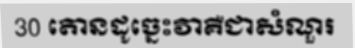
30 តោនដូច្នេះវាគឺជាសំណួរ